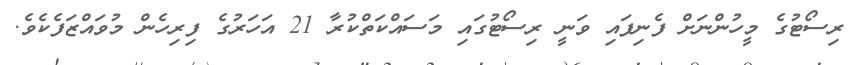
ރިސޯޓުގެ މީހުންނަށް ފެނިފައި ވަނީ ރިސޯޓުގައި މަސައްކަތްކުރާ 21 އަހަރުގެ ފިރިހެން މުވައްޒަފެކެވެ.